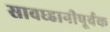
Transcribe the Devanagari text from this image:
सावध्हानीपूर्वक